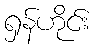
ရှန်ဟိုင်း